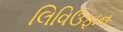
લિવિઉફાન